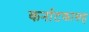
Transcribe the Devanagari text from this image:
कर्नाटकासह